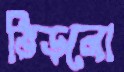
ভিড়লো